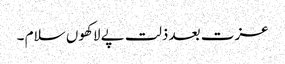
عزت بعد ذلت پے لاکھوں سلام ۔